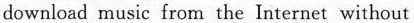
download music from the Internet without